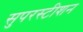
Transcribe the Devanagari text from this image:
सुपरस्टीशन